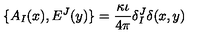
\{ A _ { I } ( x ) , E ^ { J } ( y ) \} = \frac { \kappa \iota } { 4 \pi } \delta _ { I } ^ { J } \delta ( x , y )